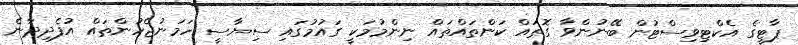
ޕާޓީގެ އެކްޓިވިސްޓުން ބޭނުންވާ ގޮތައް ކަންތައްތައް ނިންމުމަކީ ގައުމުގައި ސިޔާސީ ހަމަނުޖެހުންތައް އުފެދިދާނެ